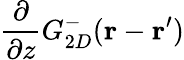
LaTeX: \frac{\partial}{\partial z}G_{2D}^{-}(\mathbf{r}-\mathbf{r}^{\prime})